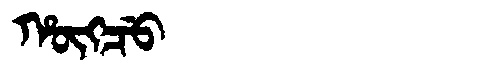
Manchu: ᡥᡡᡴᠴᡠ
Romanization: HŪKCU